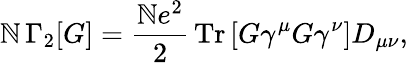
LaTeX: \mathbb{N}\, \Gamma_{2}[G]=\frac{{\mathbb{N}e^{2}}}{{2}}\, \mathrm{{Tr}}\left[G\gamma^{\mu}G\gamma^{\nu}\right]D_{\mu\nu},